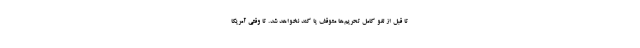
تا قبل از لغو کامل تحریم‌ها متوقف یا کند نخواهد شد. تا وقتی آمریکا